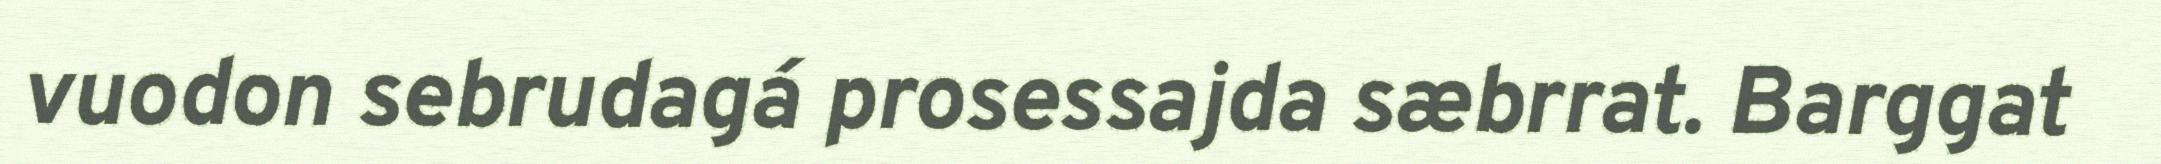
vuodon sebrudagá prosessajda sæbrrat. Barggat